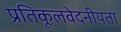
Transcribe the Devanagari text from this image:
प्रतिकूलवेदनीयता